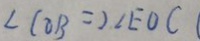
\angle C O B = 2 \angle E O C